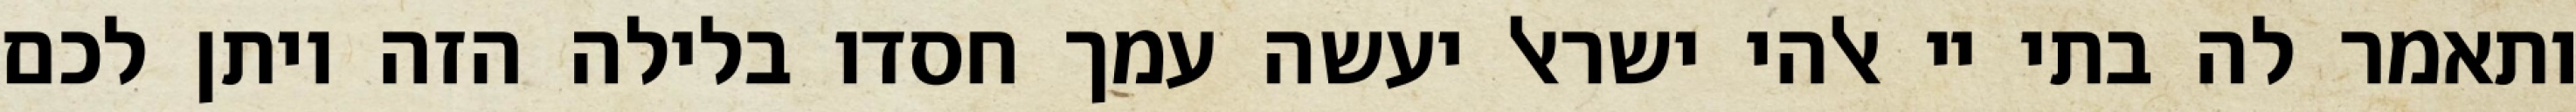
ותאמר לה בתי יי אלהי ישראל יעשה עמך חסדו בלילה הזה ויתן לכם